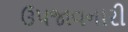
ઉપજાવનારી